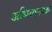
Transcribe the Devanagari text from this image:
अभियानपक्ष